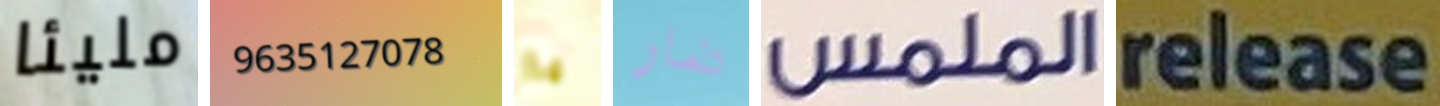
مليئا 9635127078 يا ضار الملمس release